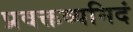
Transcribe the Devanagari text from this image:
प्रवक्तव्यमिदं